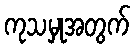
ကုသမှုအတွက်